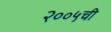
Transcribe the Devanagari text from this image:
२००५ची